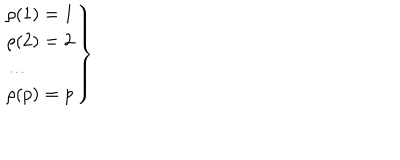
\left. \begin{array} { l } { { \rho ( 1 ) = 1 } } \\ { { \rho ( 2 ) = 2 } } \\ { { \ldots } } \\ { { \rho ( p ) = p } } \\ \end{array} \right\}